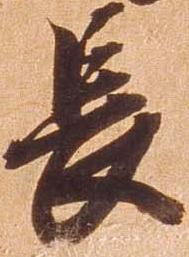
長